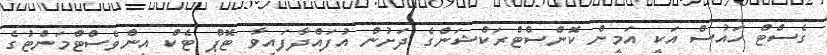
ގެސްޓް ހައުސް އަކީ އަމީން ކޮންސްޓްރަކްޝަންގެ ދަށުން އުފައްދާފައިވާ ޓޮޕް ޓެކް އިންވެސްޓްމަންޓުގެ